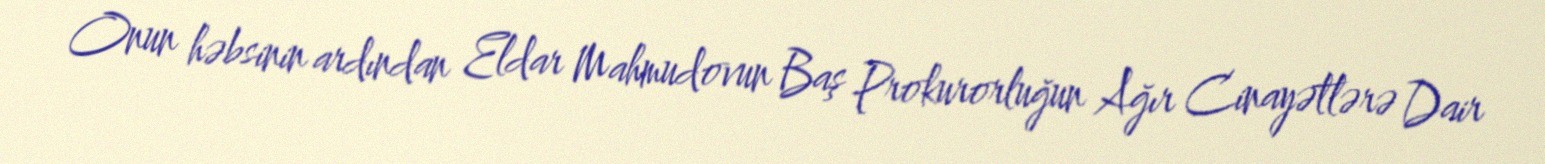
Onun həbsinin ardından Eldar Mahmudovun Baş Prokurorluğun Ağır Cinayətlərə Dair